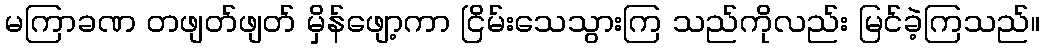
မကြာခဏ တဖျတ်ဖျတ် မှိန်ဖျော့ကာ ငြိမ်းသေသွားကြ သည်ကိုလည်း မြင်ခဲ့ကြသည်။